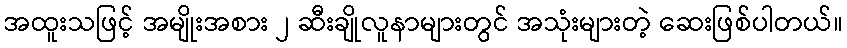
အထူးသဖြင့် အမျိုးအစား ၂ ဆီးချိုလူနာများတွင် အသုံးများတဲ့ ဆေးဖြစ်ပါတယ်။